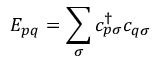
E _ { p q } = \sum _ { \sigma } c _ { p \sigma } ^ { \dagger } c _ { q \sigma }